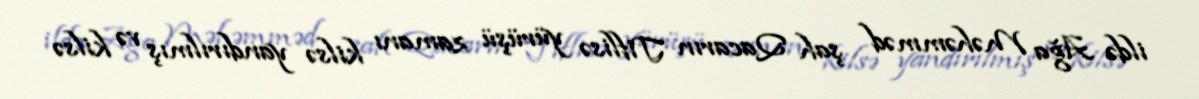
ildə Ağa Məhəmməd şah Qacarın Tiflisə yürüşü zamanı kilsə yandırılmış və kilsə